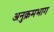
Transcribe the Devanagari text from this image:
अनुक्रमभाग